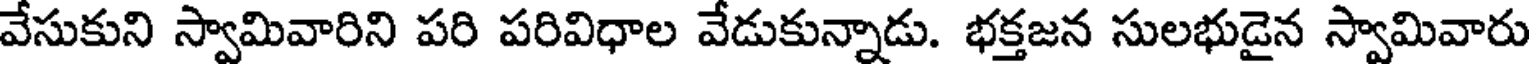
వేసుకుని స్వామివారిని పరి పరివిధాల వేడుకున్నాడు. భక్తజన సులభుడైన స్వామివారు